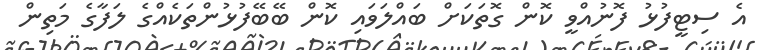
އެ ސިޓީފުޅު ފޮނުއްވީ ކޮން ގޮތަކަށް ބައްލަވައި ކޮން ބޭބޭފުޅުންތަކެއްގެ ލަފާގެ މަތިން